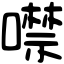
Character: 噤